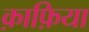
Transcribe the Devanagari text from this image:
क़ाफ़िया